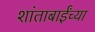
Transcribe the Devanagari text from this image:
शांताबाईंच्या